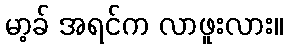
မာ့ခ် အရင်က လာဖူးလား။